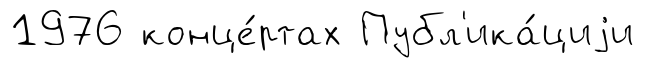
1976 конце́ртах Публ'ика́циjи